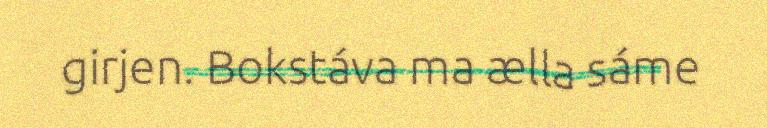
girjen. Bokstáva ma ælla sáme